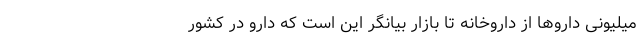
میلیونی داروها از داروخانه تا بازار بیانگر این است که دارو در کشور